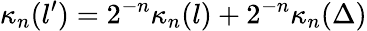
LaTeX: \kappa_{n}(l^{\prime})=2^{-n}\kappa_{n}(l)+2^{-n}\kappa_{n}(\Delta)